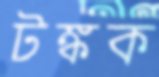
টঙ্কক